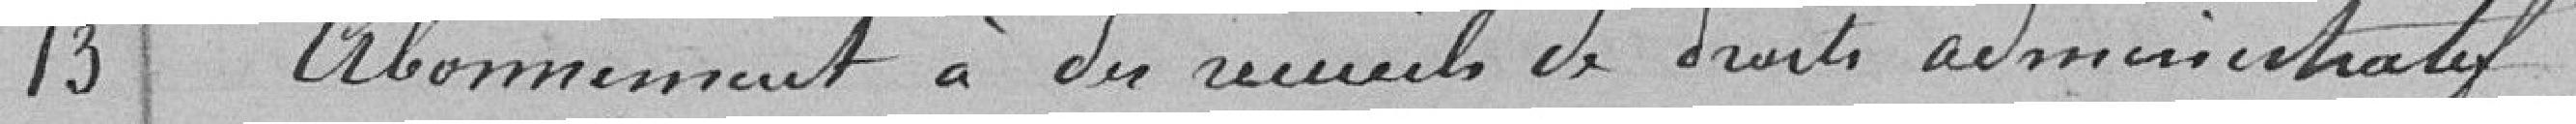
Abonnement à des recueils de droits administratif